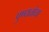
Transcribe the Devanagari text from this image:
पुण्यतोया